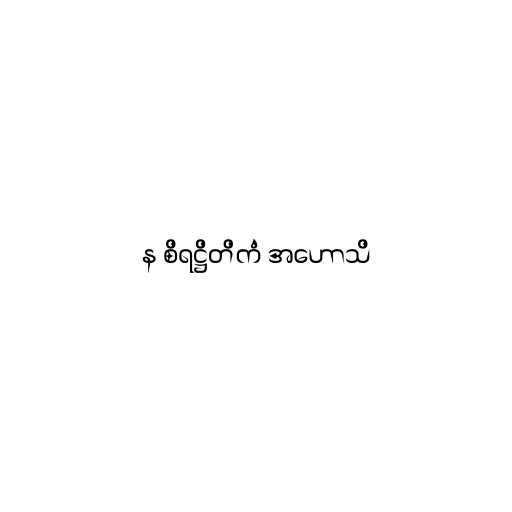
န စိရဋ္ဌိတိကံ အဟောသိ